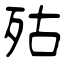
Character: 㱠